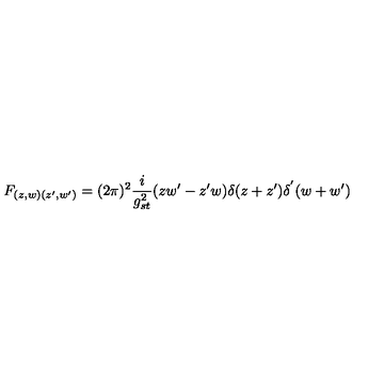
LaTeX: F _ { ( z , w ) ( z ^ { \prime } , w ^ { \prime } ) } = ( 2 \pi ) ^ { 2 } \frac { i } { g _ { s t } ^ { 2 } } ( z w ^ { \prime } - z ^ { \prime } w ) \delta ( z + z ^ { \prime } ) \delta ^ { ' } ( w + w ^ { \prime } )